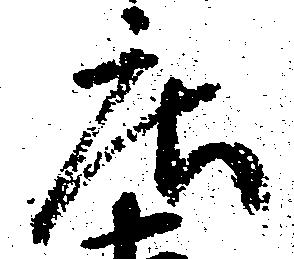
庄